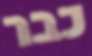
כבר